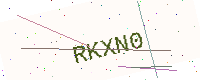
Text: RKXN0